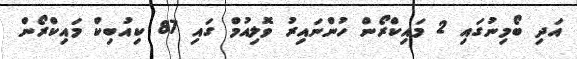
އަދި ބޯމިނުގައި 2 މައިކްރޯން ހުންނައިރު ވޮލިއުމް ގައި 87 ކިއުބިކް މައިކްރޯން